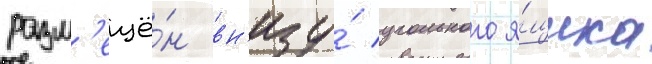
разм'ещё́н вн'изу́ угольного я́щика